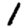
Digit: 1